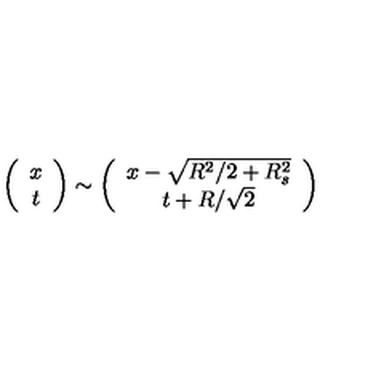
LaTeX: \left( \begin{array} { c } { x } \\ { t } \\ \end{array} \right) \sim \left( \begin{array} { c } { x - \sqrt { R ^ { 2 } / 2 + R _ { s } ^ { 2 } } } \\ { t + R / \sqrt { 2 } } \\ \end{array} \right)